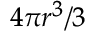
\scriptstyle 4 \pi r ^ { 3 } / 3